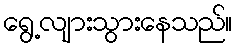
ရွေ့လျားသွားနေသည်။